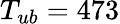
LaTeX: T_{ub}=473